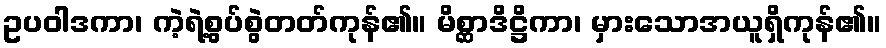
ဥပဝါဒကာ၊ ကဲ့ရဲ့စွပ်စွဲတတ်ကုန်၏။ မိစ္ဆာဒိဋ္ဌိကာ၊ မှားသောအယူရှိကုန်၏။